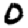
Digit: 0